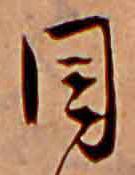
目